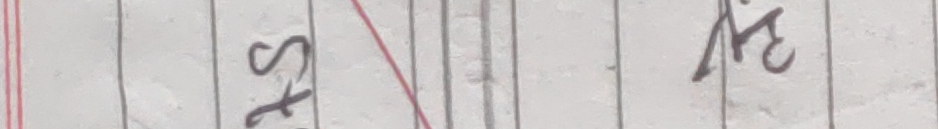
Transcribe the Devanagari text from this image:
एसि